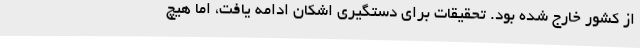
از کشور خارج شده بود. تحقیقات برای دستگیری اشکان ادامه یافت، اما هیچ